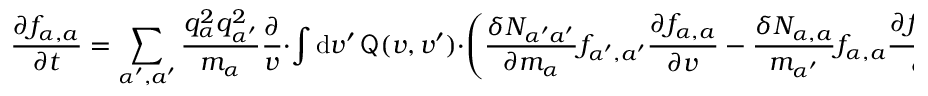
\frac { \partial f _ { \alpha , a } } { \partial t } = \sum _ { \alpha ^ { \prime } , a ^ { \prime } } \frac { q _ { \alpha } ^ { 2 } q _ { \alpha ^ { \prime } } ^ { 2 } } { m _ { \alpha } } \frac { \partial } { \v { v } } \cdot \int \mathrm { d } \boldsymbol { v } ^ { \prime } \, { \sf { Q } } ( \boldsymbol { v } , \boldsymbol { v } ^ { \prime } ) \cdot \left( \frac { \delta N _ { \alpha ^ { \prime } a ^ { \prime } } } { \partial m _ { \alpha } } f _ { \alpha ^ { \prime } , a ^ { \prime } } \frac { \partial f _ { \alpha , a } } { \partial \v { v } } - \frac { \delta N _ { \alpha , a } } { m _ { \alpha ^ { \prime } } } f _ { \alpha , a } \frac { \partial f _ { \alpha ^ { \prime } , a ^ { \prime } } } { \partial \v { v } ^ { \prime } } \right) .